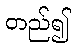
တည်၍